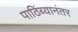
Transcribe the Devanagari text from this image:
पाठिंब्यानंतर